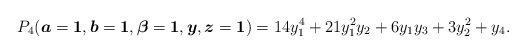
\begin{gather*}P_4({\boldsymbol{a}}={\bf 1},{\boldsymbol{b}}= {\bf 1}, {\boldsymbol{\beta}} = {\bf 1}, {\boldsymbol{y}}, {\boldsymbol{z}} ={\bf 1}) = 14 y_1^4+21 y_1^2 y_2+6 y_1 y_3+3 y_2^2+y_4.\end{gather*}